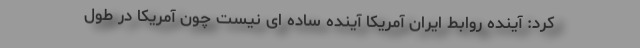
کرد: آینده روابط ایران آمریکا آینده ساده ای نیست چون آمریکا در طول